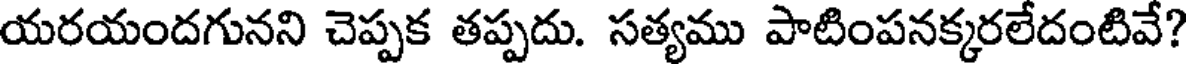
యరయందగునని చెప్పక తప్పదు. సత్యము పాటింపనక్కరలేదంటివే?